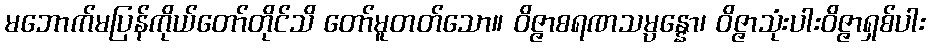
မဘောက်မပြန်ကိုယ်တော်တိုင်သိ တော်မူတတ်သော။ ဝိဇ္ဇာစရဏသမ္ပန္နော၊ ဝိဇ္ဇာသုံးပါးဝိဇ္ဇာရှစ်ပါး